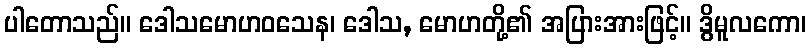
ပါတောသည်။ ဒေါသမောဟဝသေန၊ ဒေါသ, မောဟတို့၏ အပြားအားဖြင့်။ ဒွိမူလကော၊